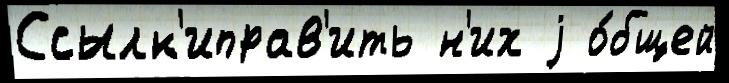
Ссылк'иправ'ить н'их j о́бщей